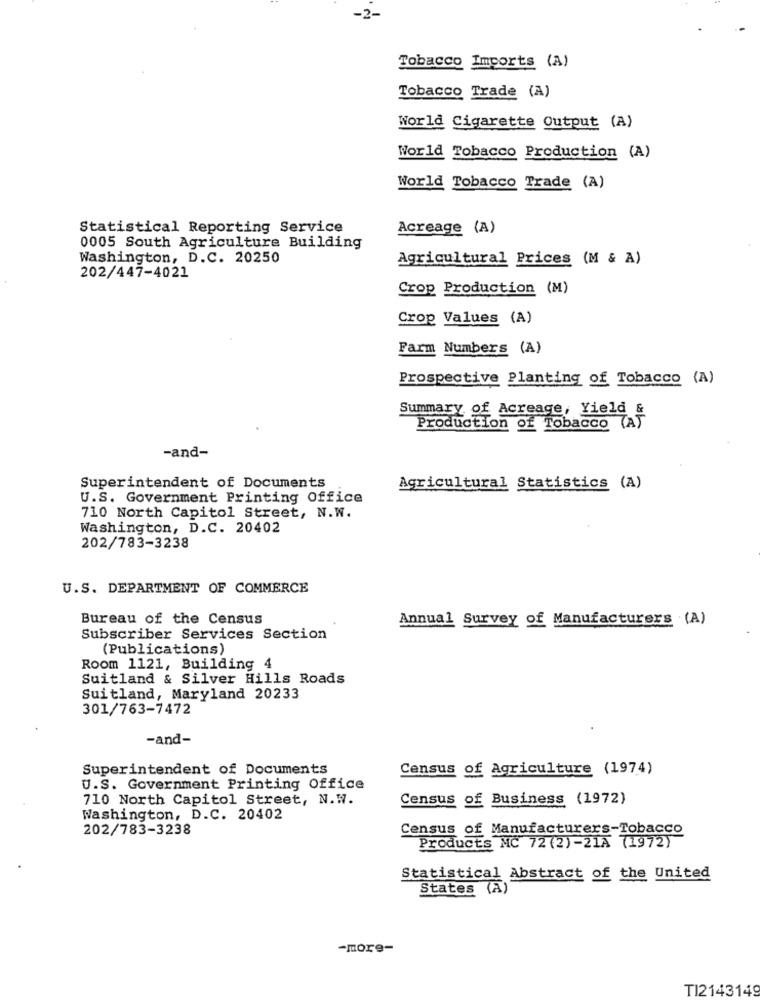
-2-
Tobacco Imports (A)
Tobacco Trade (A)
World Cigarette Output (A)
World Tobacco Production (A)
World Tobacco Trade (A)
Statistical Reporting Service
Acreage (A)
0005 South Agriculture Building
Washington, D.C. 20250
Agricultural Prices (M & A)
202/447-4021
Crop Production (M)
Crop Values (A)
Farm Numbers (A)
Prospective Planting of Tobacco (A)
Summary of Acreage, Yield &
Production of Tobacco TAT
-and-
Superintendent of Documents
Agricultural Statistics (A)
U.S. Government Printing Office
710 North Capitol Street, N.W.
Washington, D.C. 20402
202/783-3238
U.S. DEPARTMENT OF COMMERCE
Bureau of the Census
Annual Survey of Manufacturers (A)
Subscriber Services Section
(Publications)
Room 1121, Building 4
Suitland & Silver Hills Roads
Suitland, Maryland 20233
301/763-7472
-and-
Superintendent of Documents
Census of Agriculture (1974)
U.S. Government Printing Office
710 North Capitol Street, N.W.
Census of Business (1972)
Washington, D.C. 20402
202/783-3238
Census of Manufacturers-Tobacco
Products MC 72 (2) -21A (1972)
Statistical Abstract of the United
States (A)
-more-
TI2143149